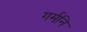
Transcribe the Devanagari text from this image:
गर्मनि